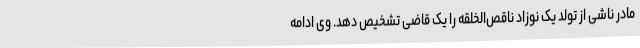
مادر ناشی از تولد یک نوزاد ناقص‌الخلقه را یک قاضی تشخیص دهد. وی ادامه